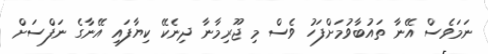
ނަމަވެސް އޭނާ ތައުބާވުމަށްފަހު ވެސް މި ޖޫރިމާނާ ދިނެކޭ ކިޔާފައި އޭނާގެ ނަފްސަށް